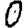
Digit: 0